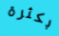
بكثرة